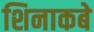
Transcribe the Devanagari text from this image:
शिनाकबे